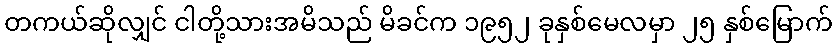
တကယ်ဆိုလျှင် ငါတို့သားအမိသည် မိခင်က ၁၉၅၂ ခုနှစ်မေလမှာ ၂၅ နှစ်မြောက်